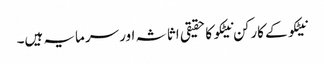
نیٹکو کے کارکن نیٹکو کا حقیقی اثاثہ اور سرمایہ ہیں۔